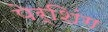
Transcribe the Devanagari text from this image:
पेर्शिंग